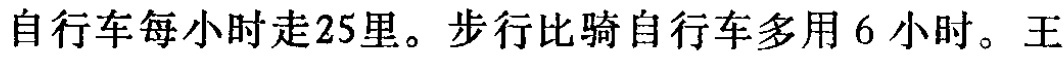
自行车每小时走25里。步行比骑自行车多用6小时。王